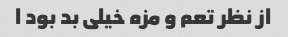
از نظر تعم و مزه خیلی بد بود ا